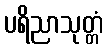
ပရိညာသုတ္တံ